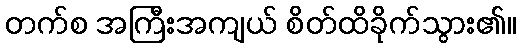
တက်စ အကြီးအကျယ် စိတ်ထိခိုက်သွား၏။